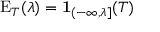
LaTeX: \operatorname { E } _ { T } ( \lambda ) = \mathbf { 1 } _ { ( - \infty , \lambda ] } ( T )